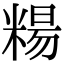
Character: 糃